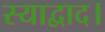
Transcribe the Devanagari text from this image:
स्याद्वाद।